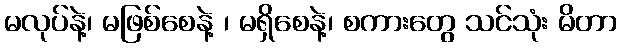
မလုပ်နဲ့၊ မဖြစ်စေနဲ့ ၊ မရှိစေနဲ့၊ စကားတွေ သင်သုံး မိတာ